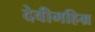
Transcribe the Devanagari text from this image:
देवीमहिम्र